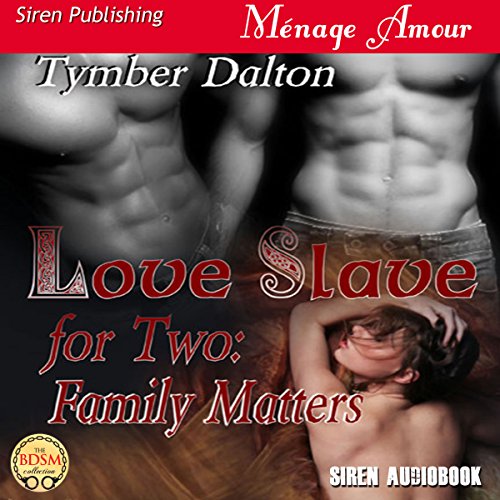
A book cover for Family Matters: Love Slave for Two, Book 2; Tymber Dalton; Romance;